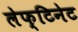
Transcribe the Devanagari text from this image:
लेफ्टिनेट